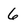
Character: 6